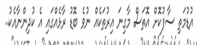
އުޑުމަތި ސާފުކޮށް އޮތަސް މާގިނަ އިރުތަކެއް ނުވެ ބޮޑު ރާޅެއްގައި އެ ކުދިންނާއެކު..